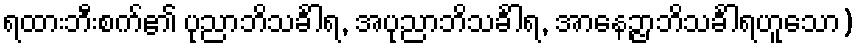
ရထားဘီးစက်၏ ပုညာဘိသင်္ခါရ, အပုညာဘိသင်္ခါရ, အာနေဉ္ဇာဘိသင်္ခါရဟူသော)